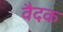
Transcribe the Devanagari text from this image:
वैदक